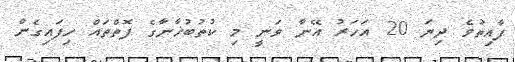
ފާއިތުވެ ދިޔަ 20 އަހަރު އޭނާ ވަނީ މި ކުތުބުޚާނާގެ ފޮތްތައް ހިފައިގެން